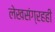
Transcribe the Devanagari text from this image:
लेखसंग्रहही